Vaccination in the Punjab 1919-1929 - 1919-1929
Year: 1919
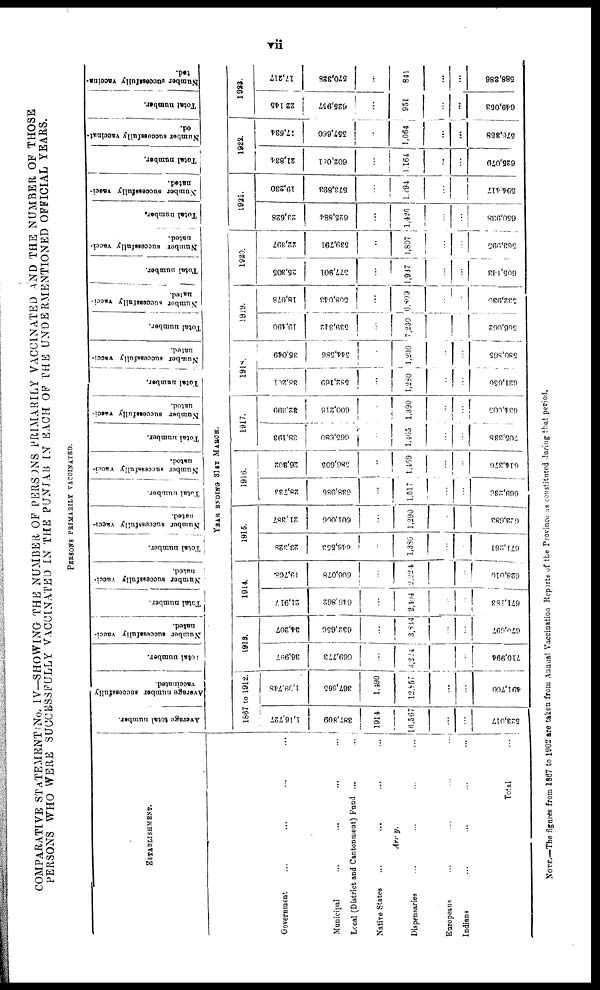
vii
COMPARATIVE STATEMENT No. IV—SHOWING THE NUMBER OF PERSONS PRIMARILY VACCINATED AND THE NUMBER OF THOSE
PERSONS WHO WERE SUCCESSFULLY VACCINATED IN THE PUNJAB IN EACH OF THE UNDERMENTIONED OFFICIAL YEARS.
PERSONS PRIMARILY VACCINATED.
ESTABLISHMENT.
Government ... ... ... ...
Municipal ... ... ... ...
Local (District and Cantonment) Fund ...
...
Native States
...
...
...
...
Arrey.
Dispensaries
...
...
...
...
Europeans
...
...
...
...
Indians ... ... ... ...
Total
...
Average total number.
Average
number
successfully
vaccinated.
Total number.
Number successfully vacci-
nated.
Total number.
Number successfully vacci¬
nated.
Total number.
Number successfully vacci-
nated.
Total number.
Number successfully vacci-
nated.
Total number.
Number successfully vacci-
nated.
Total number.
Number successfully vacci-
nated.
Total number.
Number successfully vacci-
nated.
Total number.
Number successfully vacci-
nated.
Total number.
Number successfully vacci¬
nated.
Total number.
Number successfully vaccinat¬
ed.
Total number.
Number successfully vaccina¬
ted.
YEAR ENDING 31ST MARCH.
1867 to 1912.
1,16,727
387,809
1914
16,567
...
...
523,017
1,99,748
367,665
1,490
12,857
...
...
491,760
1913.
36,997
669,773
...
4,224
...
...
710,994
34,207
632,656
...
3,884
...
...
670,697
1914.
21,917
646,802
...
2,494
...
...
67l,183
19,708
606,078
...
2,224
...
...
628,010
1915.
23,328
646,553
...
1,380
...
...
671,261
21,387
601,006
...
1,290
...
...
02,683
1916.
28,733
638,986
...
1,517
...
...
669,230
26,302
586,605
...
l,469
...
...
614,376
1917.
38,193
665,680
...
1,465
...
...
705,338
32,399
600,216
...
1,390
...
...
634,605
1918.
38,20l
582,169
...
1,280
...
...
621,650
35,049
544,586
...
1,230
...
...
580,805
1919.
19,490
539,342
...
7,230
...
...
556,062
18,078
508,043
...
6,809
...
...
532,930
1920.
25,305
577,901
...
1,937
...
...
605,143
22,397
539,791
...
1,807
...
...
563,995
1921.
23,628
625,884
...
l,426
...
...
650,938
19,230
573,893
...
1,294
...
...
594,417
1922.
21,834
602,081
...
1,164
...
...
635,079
17,634
557,660
...
1,064
...
...
576,358
1923.
22,145
625,957
...
951
...
...
649,053
17,217
570,328
...
841
...
...
588,386
NOTE.—The figures from 1867 to 1902 are taken from Annual Vaccination Reports of the Province as constituted during that period.